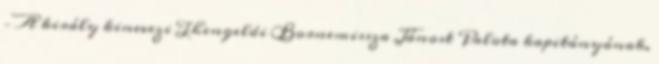
– A király kinevezi Thengeldi Bornemissza Jánost Palota kapitányának.